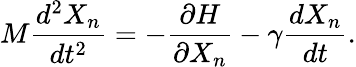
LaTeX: M\frac{d^{2}X_{n}}{dt^{2}}=-\frac{\partial H}{\partial X_{n}}-\gamma\frac{dX_{n}}{dt}.